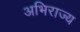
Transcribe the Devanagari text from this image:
अभिराज्य